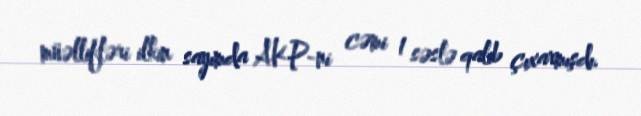
müəllifləri ilkin sayımda AKP-ni cəmi 1 səslə qalib çıxarmışdı.